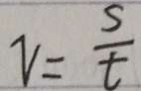
v = \frac { s } { t }